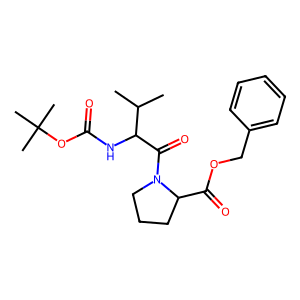
SMILES: CC(C)C(NC(=O)OC(C)(C)C)C(=O)N1CCCC1C(=O)OCc1ccccc1
Inhibits HIV replication: No